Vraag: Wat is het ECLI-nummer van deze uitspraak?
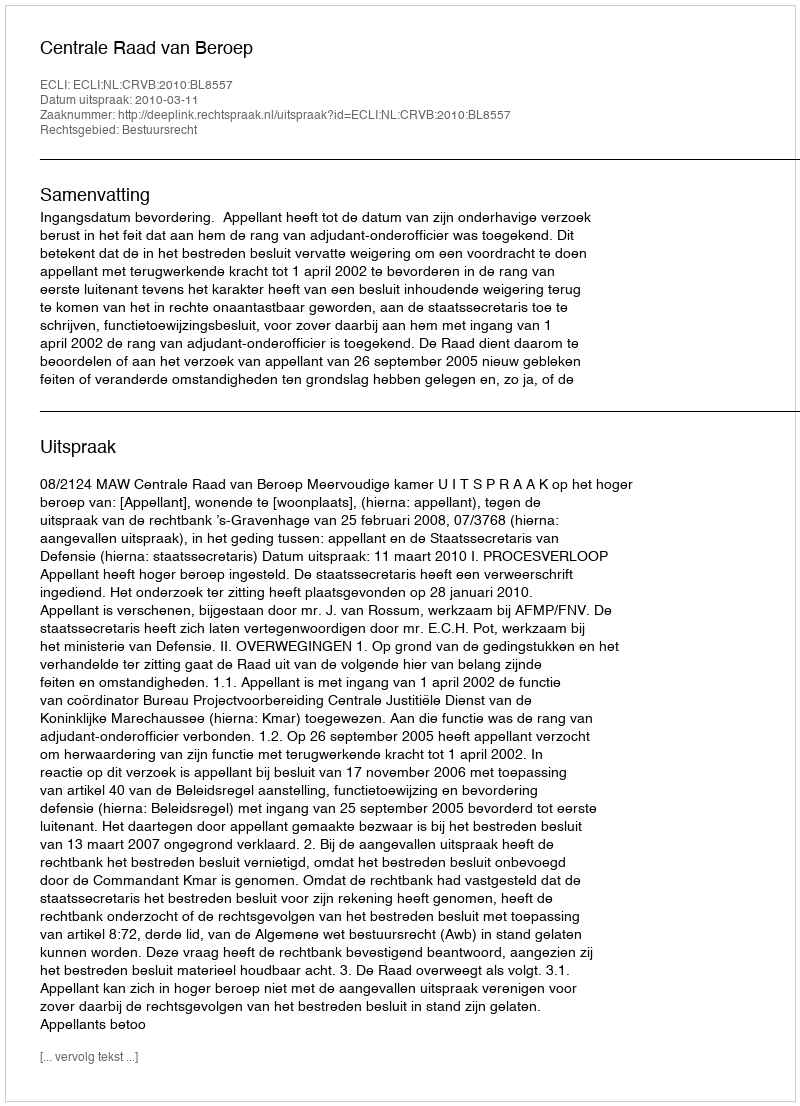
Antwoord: ECLI:NL:CRVB:2010:BL8557